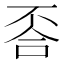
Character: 𱍛